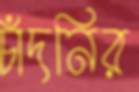
চাঁদনির